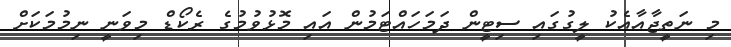
މި ނަތީޖާއާއެކު ލީގުގައި ސިޓީން ދަމަހައްޓަމުން އައި މޮޅުވުމުގެ ރެކޯޑް މިވަނީ ނިމުމަކަށް